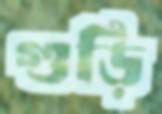
গুড়ি